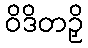
ဝိဒိတဉှိ